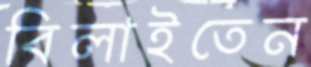
বিলাইতেন